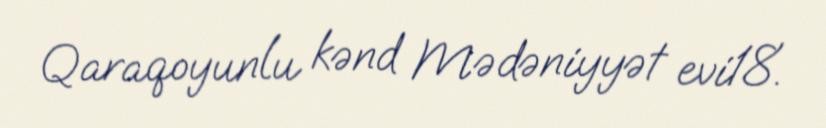
Qaraqoyunlu kənd Mədəniyyət evi18.